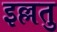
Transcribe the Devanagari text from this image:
इल्लतु